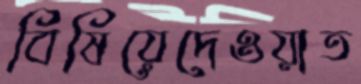
বিষিয়েদেওয়াত